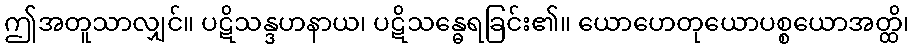
ဤအတူသာလျှင်။ ပဋိသန္ဒဟနာယ၊ ပဋိသန္ဓေရခြင်း၏။ ယောဟေတုယောပစ္စယောအတ္ထိ၊